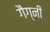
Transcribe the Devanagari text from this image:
गैग्नी